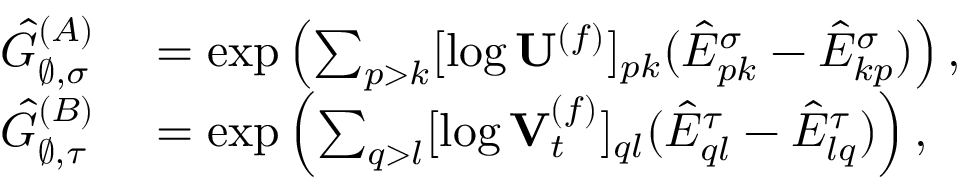
\begin{array} { r l } { \hat { G } _ { \varnothing , \sigma } ^ { ( A ) } } & { { } = \exp \left( \sum _ { p > k } [ \log \mathbf { U } ^ { ( f ) } ] _ { p k } ( \hat { E } _ { p k } ^ { \sigma } - \hat { E } _ { k p } ^ { \sigma } ) \right) , } \\ { \hat { G } _ { \varnothing , \tau } ^ { ( B ) } } & { { } = \exp \left( \sum _ { q > l } [ \log \mathbf { V } _ { t } ^ { ( f ) } ] _ { q l } ( \hat { E } _ { q l } ^ { \tau } - \hat { E } _ { l q } ^ { \tau } ) \right) , } \end{array}